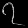
Digit: ၇